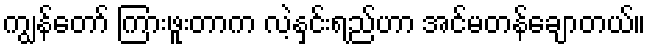
ကျွန်တော် ကြားဖူးတာက လဲ့နှင်းရည်ဟာ အင်မတန်ချောတယ်။